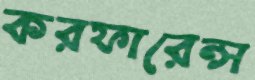
করফারেন্স